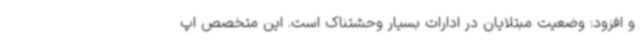
و افزود: وضعیت مبتلایان در ادارات بسیار وحشتناک است. این متخصص اپ